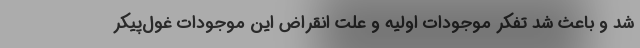
شد و باعث شد تفکر موجودات اولیه و علت انقراض این موجودات غول‌پیکر